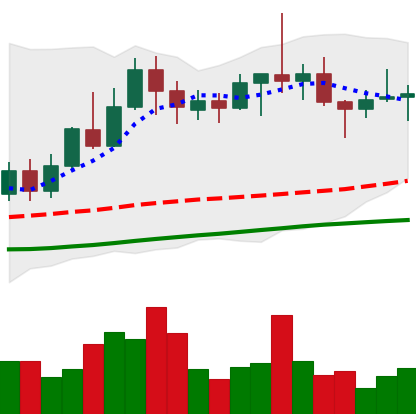
Ticker: TRX-USD
Chart end date: 2022-06-07
Forward return: -6.816%
Label: down_5_7